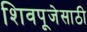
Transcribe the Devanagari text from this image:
शिवपूजेसाठी